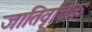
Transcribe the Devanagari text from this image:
जातिवृत्तिक